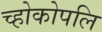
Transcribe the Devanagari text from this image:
च्होकोपलि